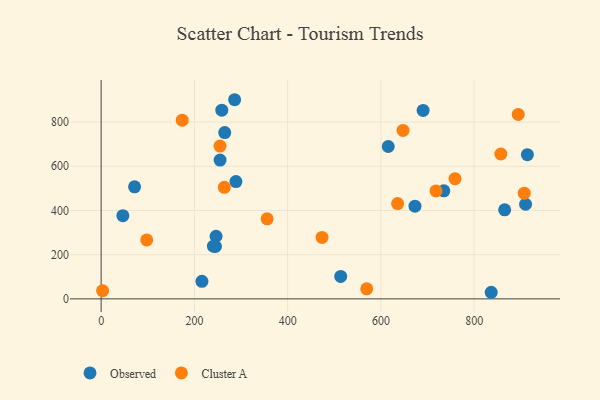
{"axis": {"x": "Experience", "y": "Salary"}, "legend": ["Cluster A", "Observed"], "data": [{"x": "910.3", "y": 428.1, "type": "Observed"}, {"x": "245.1", "y": 237.3, "type": "Observed"}, {"x": "46.6", "y": 376.5, "type": "Observed"}, {"x": "673.1", "y": 419.6, "type": "Observed"}, {"x": "286.3", "y": 901.2, "type": "Observed"}, {"x": "258.8", "y": 853.9, "type": "Observed"}, {"x": "513.8", "y": 101.6, "type": "Observed"}, {"x": "615.8", "y": 689.5, "type": "Observed"}, {"x": "216.2", "y": 79.5, "type": "Observed"}, {"x": "690.6", "y": 853.0, "type": "Observed"}, {"x": "255.1", "y": 628.1, "type": "Observed"}, {"x": "71.7", "y": 507.0, "type": "Observed"}, {"x": "865.5", "y": 403.0, "type": "Observed"}, {"x": "240.8", "y": 238.5, "type": "Observed"}, {"x": "289.1", "y": 531.0, "type": "Observed"}, {"x": "914.2", "y": 652.3, "type": "Observed"}, {"x": "836.7", "y": 29.8, "type": "Observed"}, {"x": "246.5", "y": 283.3, "type": "Observed"}, {"x": "265.1", "y": 752.5, "type": "Observed"}, {"x": "735.0", "y": 488.8, "type": "Observed"}, {"x": "759.0", "y": 544.1, "type": "Cluster A"}, {"x": "857.3", "y": 655.6, "type": "Cluster A"}, {"x": "173.9", "y": 808.7, "type": "Cluster A"}, {"x": "569.6", "y": 45.5, "type": "Cluster A"}, {"x": "473.8", "y": 277.9, "type": "Cluster A"}, {"x": "635.9", "y": 431.3, "type": "Cluster A"}, {"x": "97.7", "y": 266.6, "type": "Cluster A"}, {"x": "894.6", "y": 834.7, "type": "Cluster A"}, {"x": "255.0", "y": 691.4, "type": "Cluster A"}, {"x": "907.5", "y": 478.4, "type": "Cluster A"}, {"x": "3.2", "y": 37.2, "type": "Cluster A"}, {"x": "264.2", "y": 504.8, "type": "Cluster A"}, {"x": "356.0", "y": 362.2, "type": "Cluster A"}, {"x": "718.2", "y": 488.5, "type": "Cluster A"}, {"x": "647.5", "y": 762.4, "type": "Cluster A"}]}